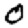
Digit: 0